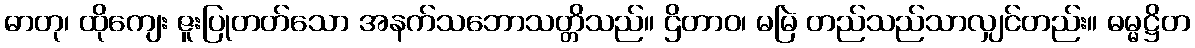
ဓာတု၊ ထိုကျေး ဇူးပြုတတ်သော အနက်သဘောသတ္တိသည်။ ဌိတာဝ၊ မမြဲ တည်သည်သာလျှင်တည်း။ ဓမ္မဋ္ဌိတ